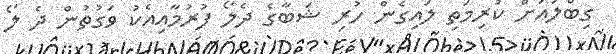
ގިބްލައަށް ކުރިމަތި ލައިގެން ހުރި ޝަބާގެ ދެލޯ ފުރުމާއިއެކު ވަގުތުން ދެ ލޯ